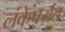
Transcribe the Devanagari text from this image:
लंकेपर्यंत